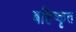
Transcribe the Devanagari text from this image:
बहिष्‍कृत